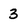
Character: 3